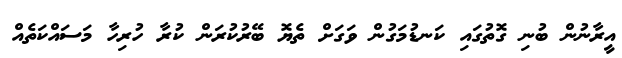
އީރާނުން ބުނި ގޮތުގައި ކަނޑުމަގުން ވަގަށް ތެޔޮ ބޭރުކުރަން ކުރާ ހުރިހާ މަސައްކަތެއް